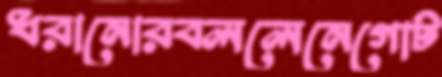
ধরানোরবললেনেগোট